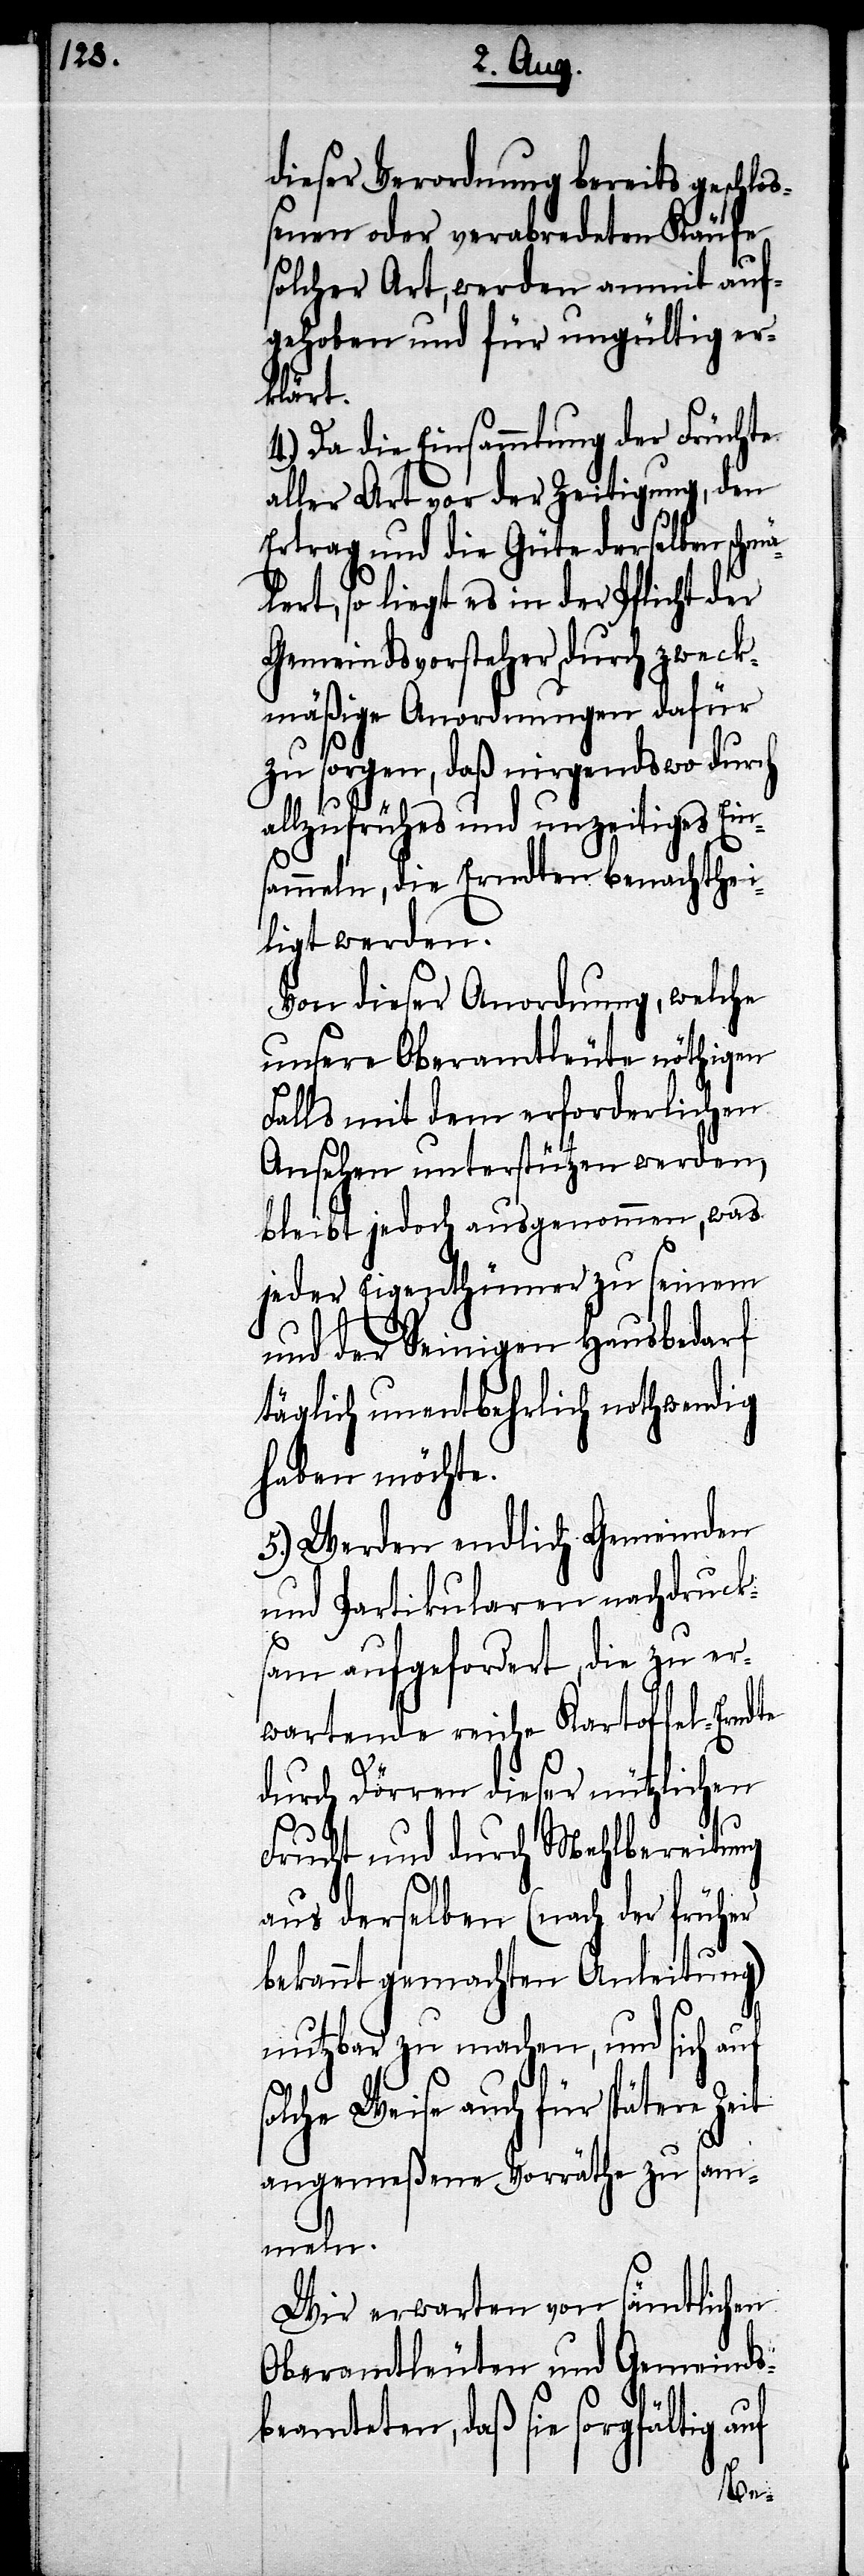
dieser Verordnung bereits geschlo¬
ßenen oder verabredeten Käufe
solcher Art, werden anmit auf¬
gehoben und für ungültig er¬
klärt.
4.) Da die Einsammlung der Früchte
aller Art vor der Zeitigung, den
Ertrag und die Güte derselben schmä¬
lert, so liegt es in der Pflicht der
Gemeindsvorsteher, durch zweck¬
mäßige Anordnungen dafür
zu sorgen, daß nirgendswo durch
allzufrühes und unzeitiges Ein¬
sammeln, die Erndten benachthei¬
ligt werden.
Von dieser Anordnung, welche
unsere Oberamtleute nöthigen
Falls mit dem erforderlichen
Ansehen unterstützen werden,
bleibt jedoch ausgenommen, was
jeder Eigenthümer zu seinem
und der Seinigen Hausbedarf
täglich unentbehrlich nothwendig
haben möchte.
5.) Werden endlich Gemeinden
und Partikularen nachdrucks¬
s¬
am aufgefordert, die zu er¬
wartende reiche Kartoffel-Erndte
durch Dörren dieser nützlichen
Frucht und durch Mehlbereitung
aus derselben (nach der früher
bekannt gemachten Anleitung)
nutzbar zu machen, und sich auf
olche Weise auch für spätere Zeit
angemeßene Vorräthe zu sam¬
meln.
Wir erwarten von sämtlichen
Oberamtleuten und Gemeinds¬
beamteten, daß sie sorgfältig auf